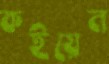
কইয়েন